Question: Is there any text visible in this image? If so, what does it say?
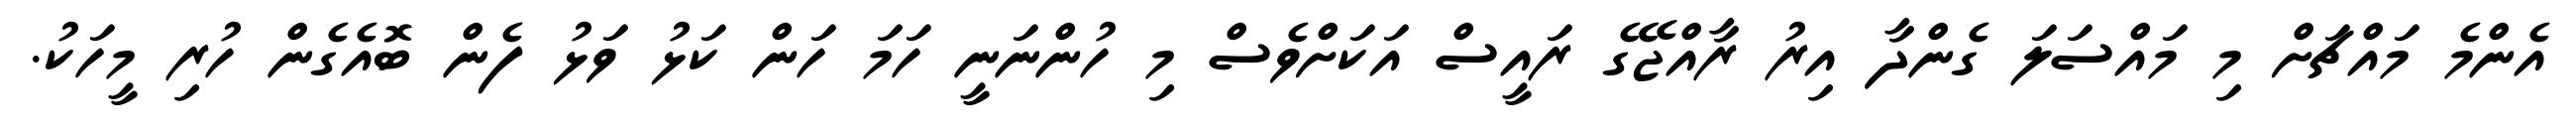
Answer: އެންމެ މައްޗަށް މި މައްސަލަ ގެންދާ އިރު ރާއްޖޭގެ ރައީސް އަކަށްވެސް މި ހުންނަނީ ހަމަ ހަން ކަޅު ވަޅު ފެން ބޮއެގެން ހުރި މީހަކު.